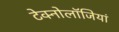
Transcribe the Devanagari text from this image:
टेक्नोलॉजियां